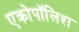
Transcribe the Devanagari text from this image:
एक्रोपॉलिश